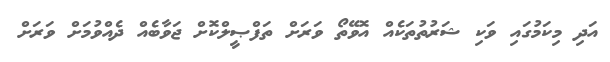
އަދި މިކަމުގައި ވަކި ޝަރުތުތަކެއް އޮވޭތޯ ވަރަށް ތަފްޞީލްކޮށް ޖަވާބެއް ދެއްވުމަށް ވަރަށް